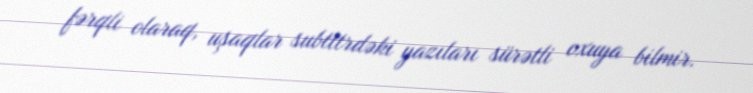
fərqli olaraq, uşaqlar subtitrdəki yazıları sürətli oxuya bilmir.